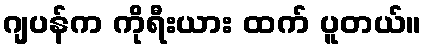
ဂျပန်က ကိုရီးယား ထက် ပူတယ်။